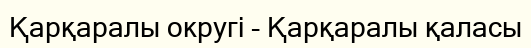
Қарқаралы округі - Қарқаралы қаласы